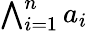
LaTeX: \textstyle\bigwedge_{i=1}^{n}a_{i}